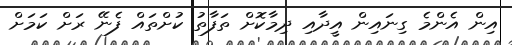
އިން އެންމެ ގިނައިން އީދާއި ދިމާކޮށް ތަފާތު ކުށްތައް ފެނޭ ރަށް ކަމަށް